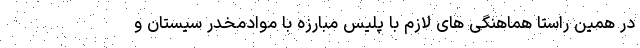
در همین راستا هماهنگی های لازم با پلیس مبارزه با موادمخدر سیستان و